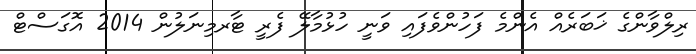
ރިލްވާންގެ ޚަބަރެއް އެންމެ ފަހުންވެފައި ވަނީ ހުޅުމާލޭ ފެރީ ޓާރމިނަލުން 2014 އޮގަސްޓް